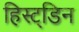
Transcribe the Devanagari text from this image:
हिस्ट्डिन